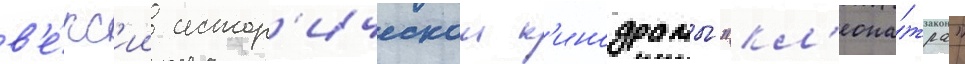
в'е́рс'ии истор'ическои к'инодрамы "кл'еопа́тра"